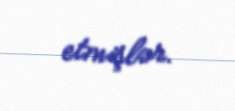
etmişlər.